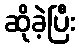
ဆိုခဲ့ပြီး